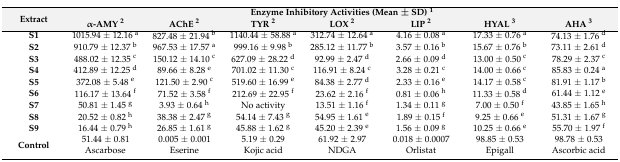
<table><thead><tr><td rowspan="2"><b>Extract</b></td><td colspan="7"><b>Enzyme Inhibitory Activities (Mean ± SD) <sup>1</sup></b></td></tr><tr><td><b>α-AMY <sup>2</sup></b></td><td><b>AChE <sup>2</sup></b></td><td><b>TYR <sup>2</sup></b></td><td><b>LOX <sup>2</sup></b></td><td><b>LIP <sup>2</sup></b></td><td><b>HYAL <sup>3</sup></b></td><td><b>AHA <sup>3</sup></b></td></tr></thead><tbody><tr><td><b>S1</b></td><td>1015.94 ± 12.16 <sup>a</sup></td><td>827.48 ± 21.94 <sup>b</sup></td><td>1140.44 ± 58.88 <sup>a</sup></td><td>312.74 ± 12.64 <sup>a</sup></td><td>4.16 ± 0.08 <sup>a</sup></td><td>17.33 ± 0.76 <sup>a</sup></td><td>74.13 ± 1.76 <sup>d</sup></td></tr><tr><td><b>S2</b></td><td>910.79 ± 12.37 <sup>b</sup></td><td>967.53 ± 17.57 <sup>a</sup></td><td>999.16 ± 9.98 <sup>b</sup></td><td>285.12 ± 11.77 <sup>b</sup></td><td>3.57 ± 0.16 <sup>b</sup></td><td>15.67 ± 0.76 <sup>b</sup></td><td>73.11 ± 2.61 <sup>d</sup></td></tr><tr><td><b>S3</b></td><td>488.02 ± 12.35 <sup>c</sup></td><td>150.12 ± 14.10 <sup>c</sup></td><td>627.09 ± 28.22 <sup>d</sup></td><td>92.99 ± 2.47 <sup>d</sup></td><td>2.66 ± 0.09 <sup>d</sup></td><td>13.00 ± 0.50 <sup>c</sup></td><td>78.29 ± 2.37 <sup>c</sup></td></tr><tr><td><b>S4</b></td><td>412.89 ± 12.25 <sup>d</sup></td><td>89.66 ± 8.28 <sup>e</sup></td><td>701.02 ± 11.30 <sup>c</sup></td><td>116.91 ± 8.24 <sup>c</sup></td><td>3.28 ± 0.21 <sup>c</sup></td><td>14.00 ± 0.66 <sup>c</sup></td><td>85.83 ± 0.24 <sup>a</sup></td></tr><tr><td><b>S5</b></td><td>372.08 ± 5.48 <sup>e</sup></td><td>121.50 ± 2.90 <sup>c</sup></td><td>519.60 ± 16.99 <sup>e</sup></td><td>84.38 ± 2.77 <sup>d</sup></td><td>2.33 ± 0.16 <sup>e</sup></td><td>14.17 ± 0.58 <sup>c</sup></td><td>81.91 ± 1.17 <sup>b</sup></td></tr><tr><td><b>S6</b></td><td>116.17 ± 13.64 <sup>f</sup></td><td>71.52 ± 3.58 <sup>f</sup></td><td>212.69 ± 22.95 <sup>f</sup></td><td>23.62 ± 2.16 <sup>f</sup></td><td>0.81 ± 0.06 <sup>h</sup></td><td>11.33 ± 0.58 <sup>d</sup></td><td>61.44 ± 1.12 <sup>e</sup></td></tr><tr><td><b>S7</b></td><td>50.81 ± 1.45 <sup>g</sup></td><td>3.93 ± 0.64 <sup>h</sup></td><td>No activity</td><td>13.51 ± 1.16 <sup>f</sup></td><td>1.34 ± 0.11 <sup>g</sup></td><td>7.00 ± 0.50 <sup>f</sup></td><td>43.85 ± 1.65 <sup>h</sup></td></tr><tr><td><b>S8</b></td><td>20.52 ± 0.82 <sup>h</sup></td><td>38.38 ± 2.47 <sup>g</sup></td><td>54.14 ± 7.43 <sup>g</sup></td><td>54.95 ± 1.61 <sup>e</sup></td><td>1.89 ± 0.15 <sup>f</sup></td><td>9.25 ± 0.66 <sup>e</sup></td><td>51.31 ± 1.67 <sup>g</sup></td></tr><tr><td><b>S9</b></td><td>16.44 ± 0.79 <sup>h</sup></td><td>26.85 ± 1.61 <sup>g</sup></td><td>45.88 ± 1.62 <sup>g</sup></td><td>45.20 ± 2.39 <sup>e</sup></td><td>1.56 ± 0.09 <sup>g</sup></td><td>10.25 ± 0.66 <sup>e</sup></td><td>55.70 ± 1.97 <sup>f</sup></td></tr><tr><td><b>Control</b></td><td>51.44 ± 0.81 Ascarbose</td><td>0.005 ± 0.001 Eserine</td><td>5.19 ± 0.29 Kojic acid</td><td>61.92 ± 2.97 NDGA</td><td>0.018 ± 0.0007 Orlistat</td><td>98.85 ± 0.53 Epigall</td><td>98.78 ± 0.53 Ascorbic acid</td></tr></tbody></table>